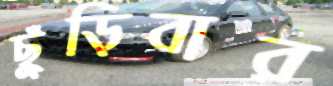
ছুঁড়িবার